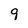
Character: 9